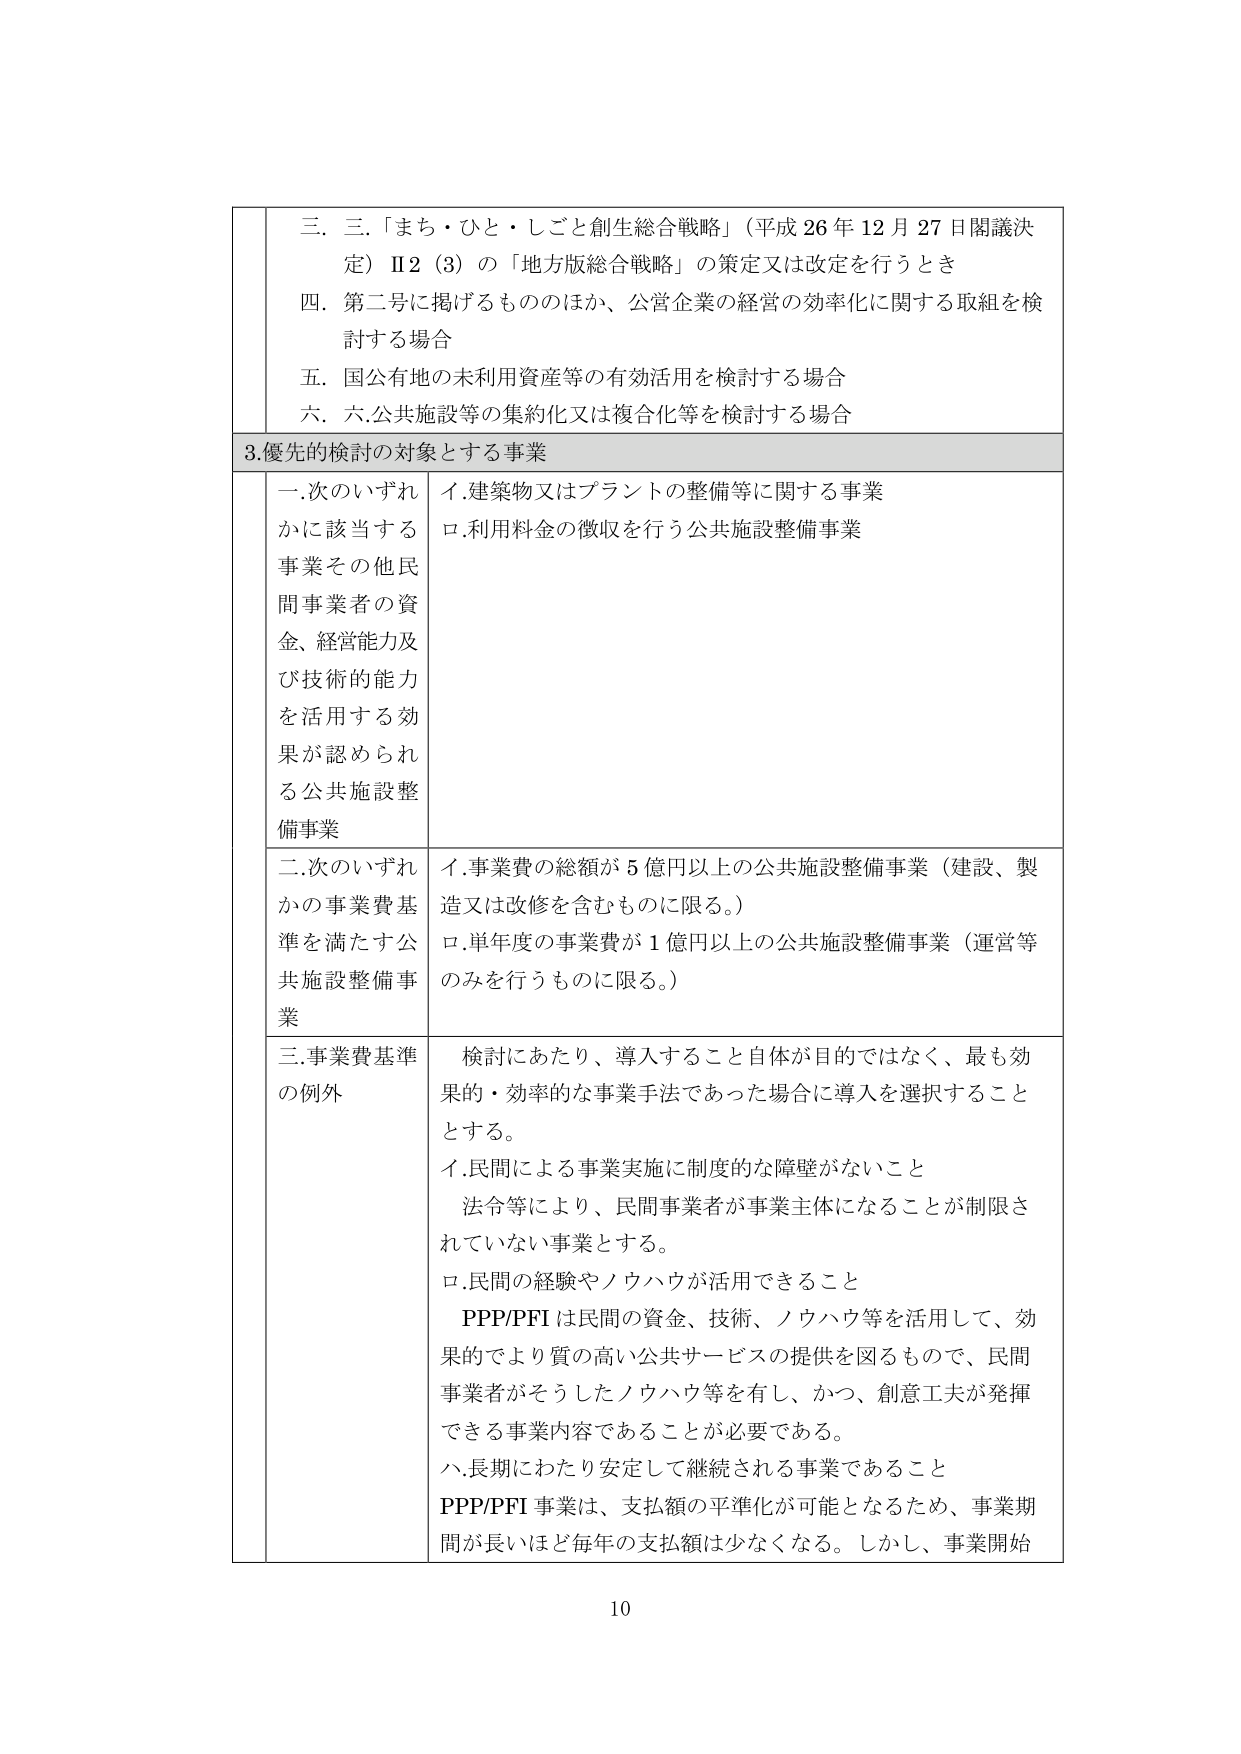
三．三．「まち・ひと・しごと創生総合戦略」（平成26年12月27日閣議決定）Ⅱ2（3）の「地方版総合戦略」の策定又は改定を行うとき
四．第二号に掲げるもののほか、公営企業の経営の効率化に関する取組を検討する場合
五．国公有地の未利用資産等の有効活用を検討する場合
六．六．公共施設等の集約化又は複合化等を検討する場合

3. 優先的検討の対象とする事業

一．次のいずれかに該当する事業その他民間事業者の資金、経営能力及び技術的能力を活用する効果が認められる公共施設整備事業
　イ．建築物又はプラントの整備等に関する事業
　ロ．利用料金の徴収を行う公共施設整備事業

二．次のいずれかの事業費基準を満たす公共施設整備事業
　イ．事業費の総額が5億円以上の公共施設整備事業（建設、製造又は改修を含むものに限る。）
　ロ．単年度の事業費が1億円以上の公共施設整備事業（運営等のみを行うものに限る。）

三．事業費基準の例外
　検討にあたり、導入すること自体が目的ではなく、最も効果的・効率的な事業手法であった場合に導入を選択することとする。
　イ．民間による事業実施に制度的な障壁がないこと
　　　法令等により、民間事業者が事業主体になることが制限されていない事業とする。
　ロ．民間の経験やノウハウが活用できること
　　　PPP/PFIは民間の資金、技術、ノウハウ等を活用して、効果的でより質の高い公共サービスの提供を図るもので、民間事業者がそうしたノウハウ等を有し、かつ、創意工夫が発揮できる事業内容であることが必要である。
　ハ．長期にわたり安定して継続される事業であること
　　　PPP/PFI事業は、支払額の平準化が可能となるため、事業期間が長いほど毎年の支払額は少なくなる。しかし、事業開始

10